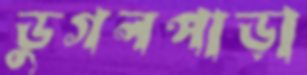
ডুগলপাড়া